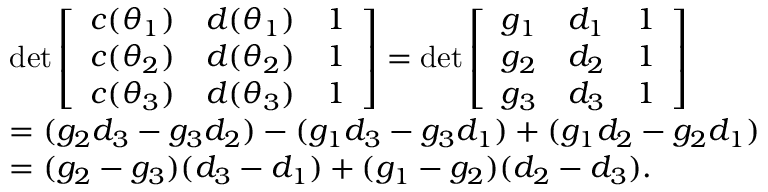
\begin{array} { r l } & { \operatorname* { d e t } \left[ { \begin{array} { c c c } { c ( \theta _ { 1 } ) } & { d ( \theta _ { 1 } ) } & { 1 } \\ { c ( \theta _ { 2 } ) } & { d ( \theta _ { 2 } ) } & { 1 } \\ { c ( \theta _ { 3 } ) } & { d ( \theta _ { 3 } ) } & { 1 } \end{array} } \right] = \operatorname* { d e t } \left[ { \begin{array} { c c c } { g _ { 1 } } & { d _ { 1 } } & { 1 } \\ { g _ { 2 } } & { d _ { 2 } } & { 1 } \\ { g _ { 3 } } & { d _ { 3 } } & { 1 } \end{array} } \right] } \\ & { = ( g _ { 2 } d _ { 3 } - g _ { 3 } d _ { 2 } ) - ( g _ { 1 } d _ { 3 } - g _ { 3 } d _ { 1 } ) + ( g _ { 1 } d _ { 2 } - g _ { 2 } d _ { 1 } ) } \\ & { = ( g _ { 2 } - g _ { 3 } ) ( d _ { 3 } - d _ { 1 } ) + ( g _ { 1 } - g _ { 2 } ) ( d _ { 2 } - d _ { 3 } ) . } \end{array}